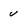
Character: u